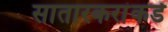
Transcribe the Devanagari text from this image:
सातारकरांकडे